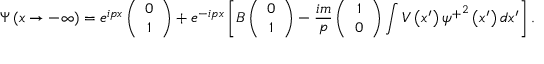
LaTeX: \Psi \left( x \rightarrow - \infty \right) = e ^ { i p x } \left( \begin{array} { c } { { 0 } } \\ { { 1 } } \end{array} \right) + e ^ { - i p x } \left[ B \left( \begin{array} { c } { { 0 } } \\ { { 1 } } \end{array} \right) - \frac { i m } p \left( \begin{array} { c } { { 1 } } \\ { { 0 } } \end{array} \right) \int V \left( x ^ { \prime } \right) { \psi ^ { + } } ^ { 2 } \left( x ^ { \prime } \right) d x ^ { \prime } \right] .